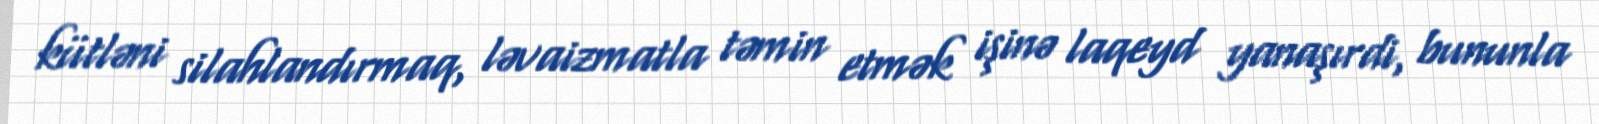
kütləni silahlandırmaq, ləvaizmatla təmin etmək işinə laqeyd yanaşırdi, bununla